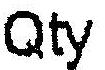
QTY